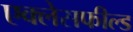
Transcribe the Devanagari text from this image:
एक्लेसफील्ड